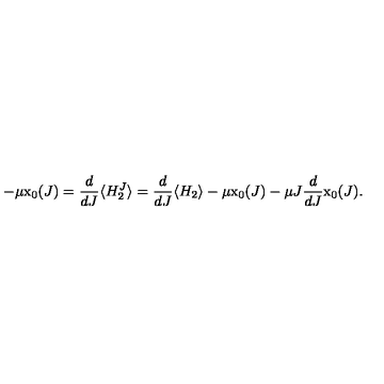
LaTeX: - \mu \mathrm { x } _ { 0 } ( J ) = \frac { d } { d J } \langle H _ { 2 } ^ { J } \rangle = \frac { d } { d J } \langle H _ { 2 } \rangle - \mu \mathrm { x } _ { 0 } ( J ) - \mu J \frac { d } { d J } \mathrm { x } _ { 0 } ( J ) .